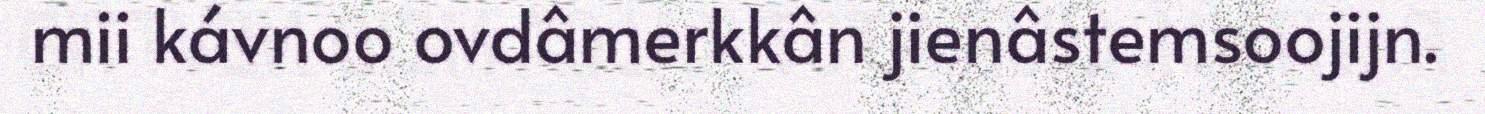
mii kávnoo ovdâmerkkân jienâstemsoojijn.